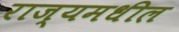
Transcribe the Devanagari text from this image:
राज्यमधील